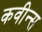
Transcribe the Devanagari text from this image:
कवीन्स